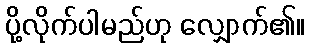
ပို့လိုက်ပါမည်ဟု လျှောက်၏။